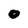
Character: 0